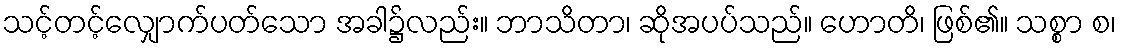
သင့်တင့်လျှောက်ပတ်သော အခါ၌လည်း။ ဘာသိတာ၊ ဆိုအပပ်သည်။ ဟောတိ၊ ဖြစ်၏။ သစ္စာ စ၊